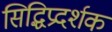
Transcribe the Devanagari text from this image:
सिद्धिप्रदर्शक